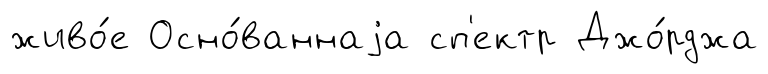
живо́е Осно́ваннаjа сп'ектр Джо́рджа